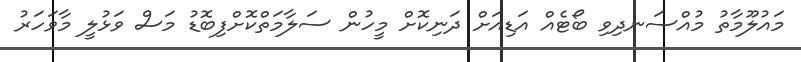
މައުލޫމާތު މުއްސަނދިވި ބޯޓެއް އަޑިއަށް ދަނިކޮށް މީހުން ސަލާމަތްކޮށްފިބޮޑު މަސް ވަޅުލީ މާވަހަރު